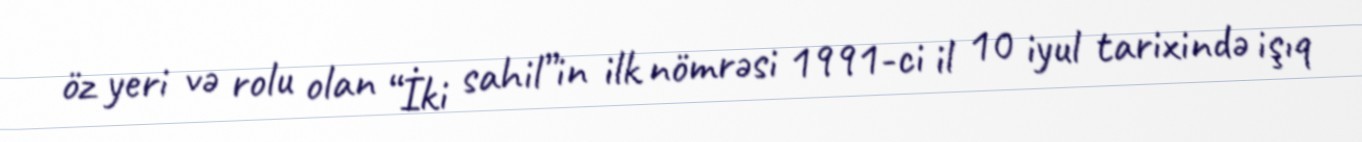
öz yeri və rolu olan “İki sahil”in ilk nömrəsi 1991-ci il 10 iyul tarixində işıq